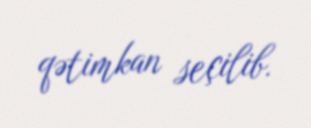
qətimkan seçilib.